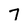
Character: 7